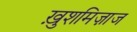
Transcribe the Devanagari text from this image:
ख़ुशमिज़ाज